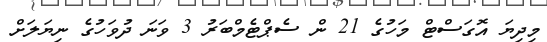
މިދިޔަ އޮގަސްޓް މަހުގެ 21 ން ސެޕްޓެމްބަރު 3 ވަނަ ދުވަހުގެ ނިޔަލަށް